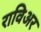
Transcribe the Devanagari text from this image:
राविअर